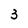
Character: 3